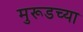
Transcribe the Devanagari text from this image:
मुरूडच्या